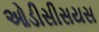
ઓડીસીસયસ